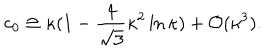
c _ { 0 } \cong \kappa ( 1 - \frac { 4 } { \sqrt { 3 } } \kappa ^ { 2 } \ln \kappa ) + { \cal O } ( \kappa ^ { 3 } ) .